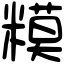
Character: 糢